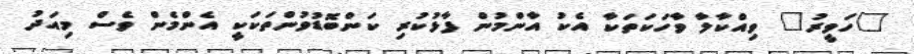
"ހަވީރު" ވިއްކާލާ ވާހަކަތަކާ އެކު އާންމުން ފާޅުކުރި ކަންބޮޑުވުންތަކަކީ އެންމެން ވެސް މިއަދު